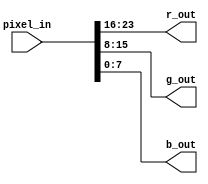
`timescale 1ns / 1ps
//////////////////////////////////////////////////////////////////////////////////
// Company: 
// Engineer: 
// 
// Design Name: 
// Module Name: split_rgb
// Project Name: 
// Target Devices: 
// Tool Versions: 
// Description: 
// 
// Dependencies: 
// 
// Revision:
// Revision 0.01 - File Created
// Additional Comments:
// 
//////////////////////////////////////////////////////////////////////////////////


module split_rgb(
    
    input [23 : 0] pixel_in,
    
    output [7 : 0] r_out,
    output [7 : 0] g_out,
    output [7 : 0] b_out
);

    assign r_out = pixel_in[23 -: 8];
    assign g_out = pixel_in[15 -: 8];
    assign b_out = pixel_in[7 : 0];
endmodule